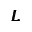
\pmb { L }